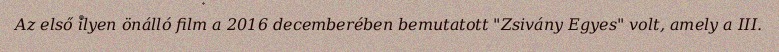
Az első ilyen önálló film a 2016 decemberében bemutatott "Zsivány Egyes" volt, amely a III.